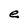
Character: e